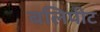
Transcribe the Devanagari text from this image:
बलिपीट